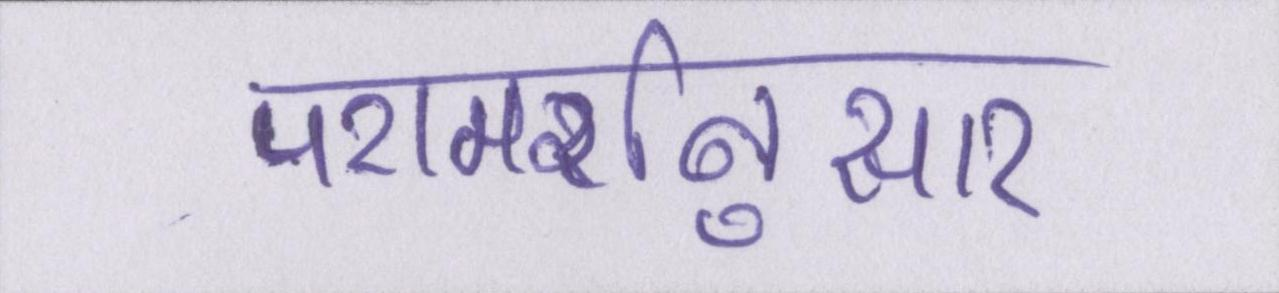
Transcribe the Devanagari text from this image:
परामर्शनुसार